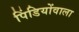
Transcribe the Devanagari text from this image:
पिंडियोंवाला